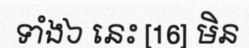
ទាំង៦ នេះ [16] មិន